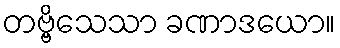
တဗ္ဗိသေသာ ခဏာဒယော။